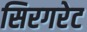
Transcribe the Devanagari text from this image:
सिरगरेट